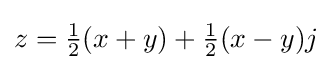
z={\tfrac {1}{2}}(x+y)+{\tfrac {1}{2}}(x-y)j